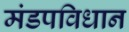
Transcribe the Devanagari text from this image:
मंडपविधान